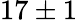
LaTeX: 17\pm 1